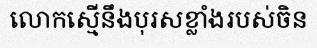
លោកស្មើនឹងបុរសខ្លាំងរបស់ចិន